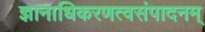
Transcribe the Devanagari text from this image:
ज्ञानाधिकरणत्वसंपादनम्